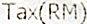
TAX(RM)